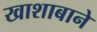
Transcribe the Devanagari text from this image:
खाशाबाने